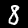
Label: 8